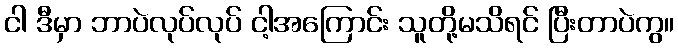
ငါ ဒီမှာ ဘာပဲလုပ်လုပ် ငါ့အကြောင်း သူတို့မသိရင် ပြီးတာပဲကွ။